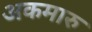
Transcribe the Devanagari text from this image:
अकमारु